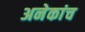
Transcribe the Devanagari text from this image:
अनेकांच